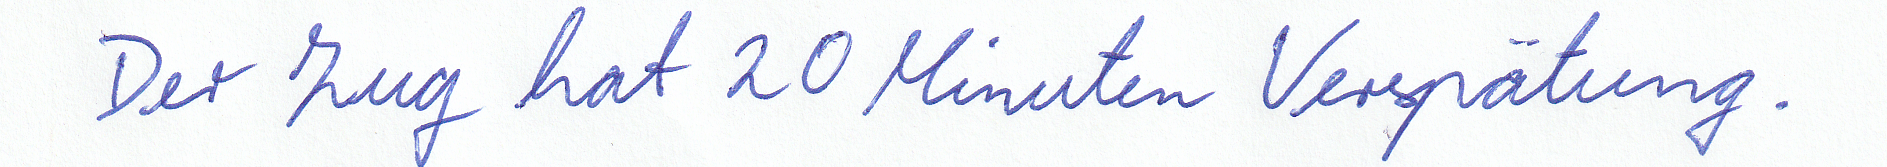
Der Zug hat 20 Minuten Verspätung.